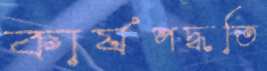
কার্যপদ্ধতি